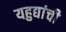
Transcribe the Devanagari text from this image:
यहुद्यांची